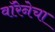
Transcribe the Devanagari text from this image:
वॉरेनेचा